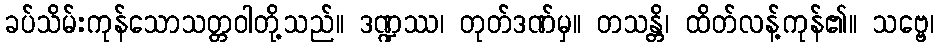
ခပ်သိမ်းကုန်သောသတ္တဝါတို့သည်။ ဒဏ္ဍဿ၊ တုတ်ဒဏ်မှ။ တသန္တိ၊ ထိတ်လန့်ကုန်၏။ သဗ္ဗေ၊